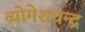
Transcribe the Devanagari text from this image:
व्योमेशचन्द्र